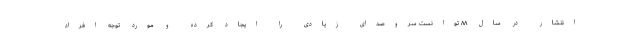
انتشار در سال ۸۸ توانست سروصدای زیادی را ایجاد کرده و مورد توجه افراد